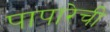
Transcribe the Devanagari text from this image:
पापारेची